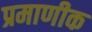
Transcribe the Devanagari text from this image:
प्रमाणीक